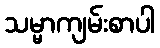
သမ္မာကျမ်းစာပါ